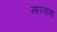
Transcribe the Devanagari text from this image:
सारवावा